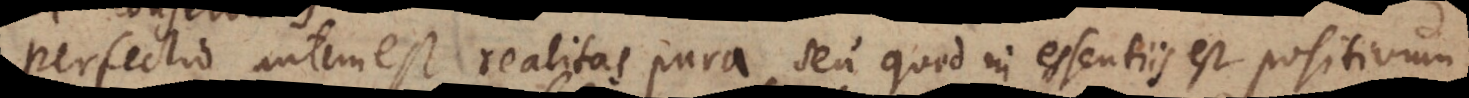
Perfectio autem est realitas pura seu quod in essentiis est positivum